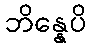
ဘိန္နေပိ